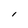
Character: l